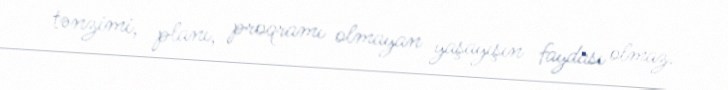
tənzimi, planı, proqramı olmayan yaşayışın faydası olmaz.